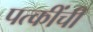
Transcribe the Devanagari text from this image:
पत्कींची